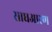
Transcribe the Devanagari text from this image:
साधआरण